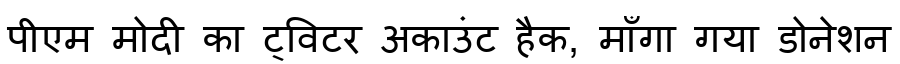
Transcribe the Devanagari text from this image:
पीएम मोदी का ट्विटर अकाउंट हैक, माँगा गया डोनेशन